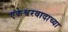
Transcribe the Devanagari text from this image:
एकेश्वरवादाच्या